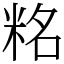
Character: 䊅